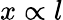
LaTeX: x\propto l